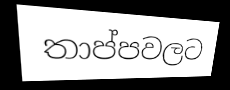
තාප්පවලට